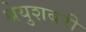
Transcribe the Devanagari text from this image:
श्रेयुशबरी